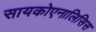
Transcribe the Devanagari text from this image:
सायकोएनालिसिस